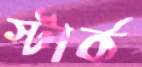
স্টার্ক